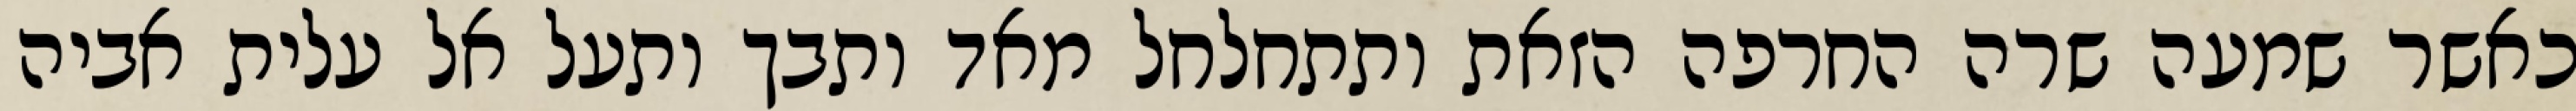
כאשר שמעה שרה החרפה הזאת ותתחלחל מאד ותבך ותעל אל עלית אביה